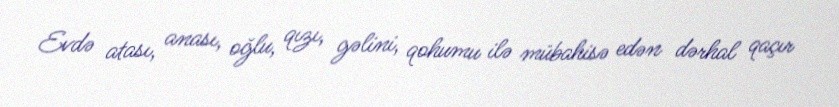
Evdə atası, anası, oğlu, qızı, gəlini, qohumu ilə mübahisə edən dərhal qaçır